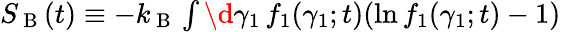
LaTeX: \begin{array}{r}{S_{\mathrm{~B~}}(t)\equiv-k_{\mathrm{~B~}}\int\d\gamma_{1}\, f_{1}(\gamma_{1};t)(\ln f_{1}(\gamma_{1};t)-1)\, }\end{array}